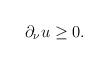
LaTeX: \begin{align*}\partial_\nu u \ge 0. \end{align*}